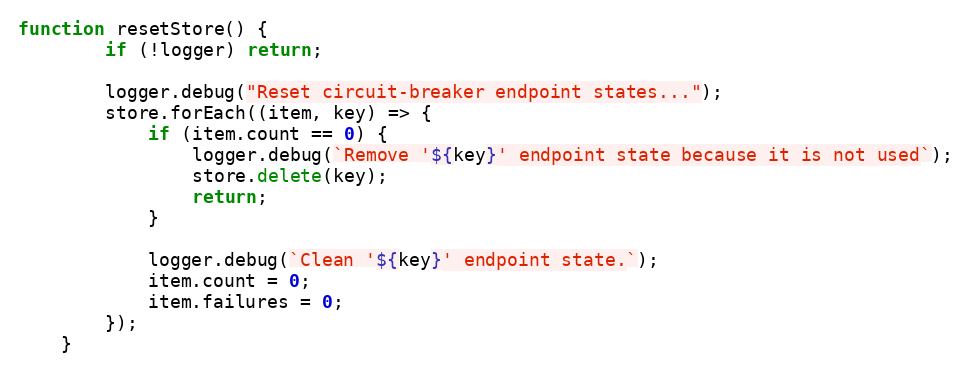
Language: JavaScript
function resetStore() {
		if (!logger) return;

		logger.debug("Reset circuit-breaker endpoint states...");
		store.forEach((item, key) => {
			if (item.count == 0) {
				logger.debug(`Remove '${key}' endpoint state because it is not used`);
				store.delete(key);
				return;
			}

			logger.debug(`Clean '${key}' endpoint state.`);
			item.count = 0;
			item.failures = 0;
		});
	}